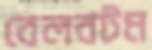
বেলবটম